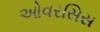
ઓવરસિસ